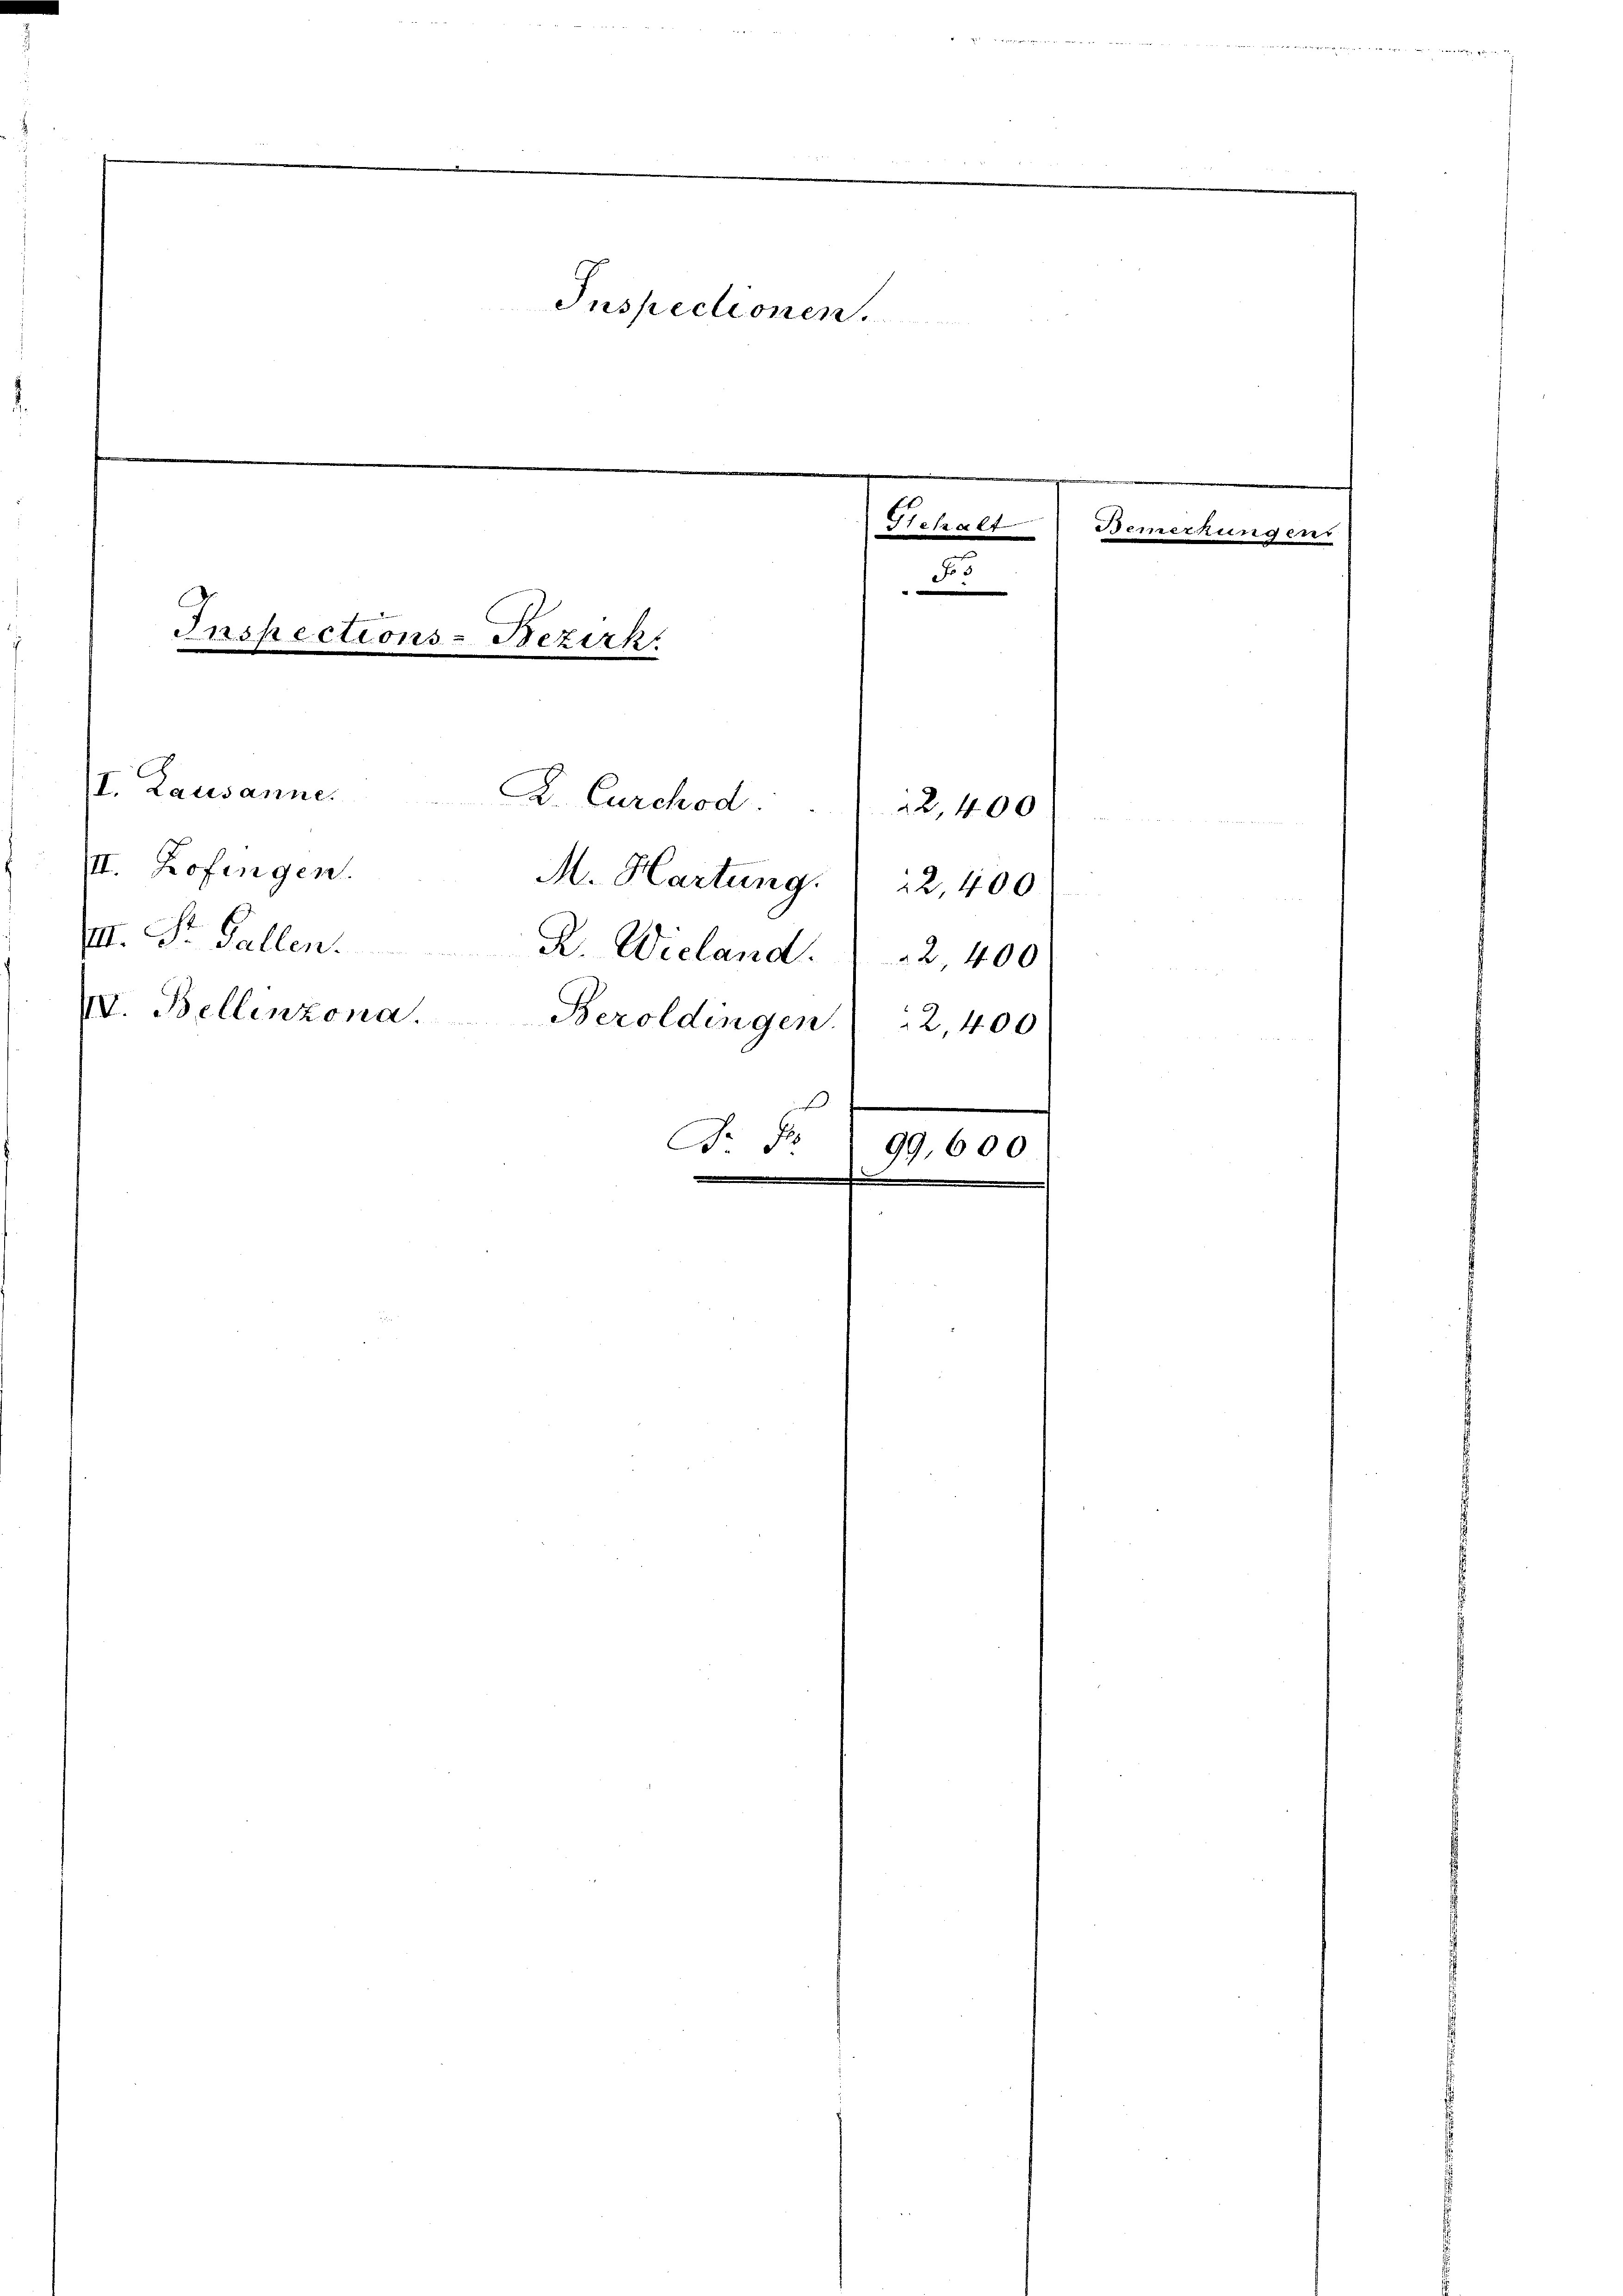
III. Zofingen
III. St. Gallen.
IV. Bellinzona
.
F
.

I. Lausanne. K. Curchod
M. Hartung 2 400
R. Wieland. 2400
Beroldingen.

Inspectionen.

Inspections-Bezirk

5
c

2,400
2,400
2
99,600